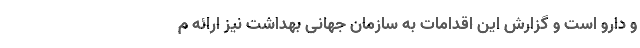
و دارو است و گزارش این اقدامات به سازمان جهانی بهداشت نیز ارائه م